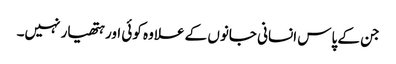
جن کے پاس انسانی جانوں کے علاوہ کوئی اور ہتھیار نہیں۔